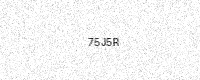
Text: 75J5R